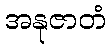
အနုဇာတံ